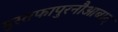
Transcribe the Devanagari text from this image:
मुस्तफापुरनौआबाद